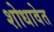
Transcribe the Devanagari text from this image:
शोधावेत